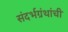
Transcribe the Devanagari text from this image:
संदर्भग्रंथांची